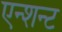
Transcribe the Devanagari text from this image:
एन्शन्ट